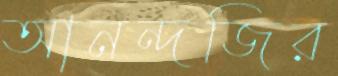
আনন্দজির